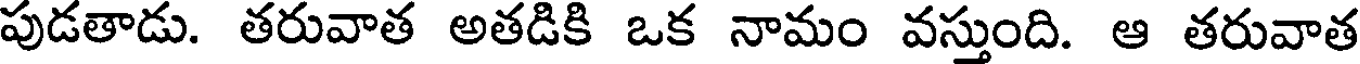
పుడతాడు. తరువాత అతడికి ఒక నామం వస్తుంది. ఆ తరువాత